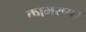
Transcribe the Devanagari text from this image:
कामरूप।